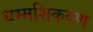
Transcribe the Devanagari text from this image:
धम्मशिकवण